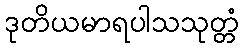
ဒုတိယမာရပါသသုတ္တံ